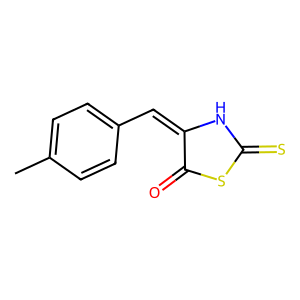
SMILES: Cc1ccc(C=C2NC(=S)SC2=O)cc1
Inhibits HIV replication: No